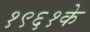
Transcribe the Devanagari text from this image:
१९६१के